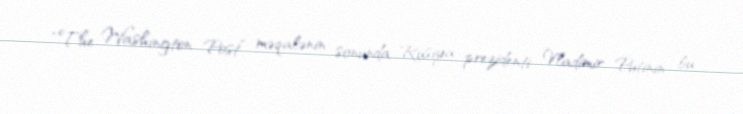
“The Washington Post” məqalənin sonunda Rusiya prezidenti Vladimir Putinin bu